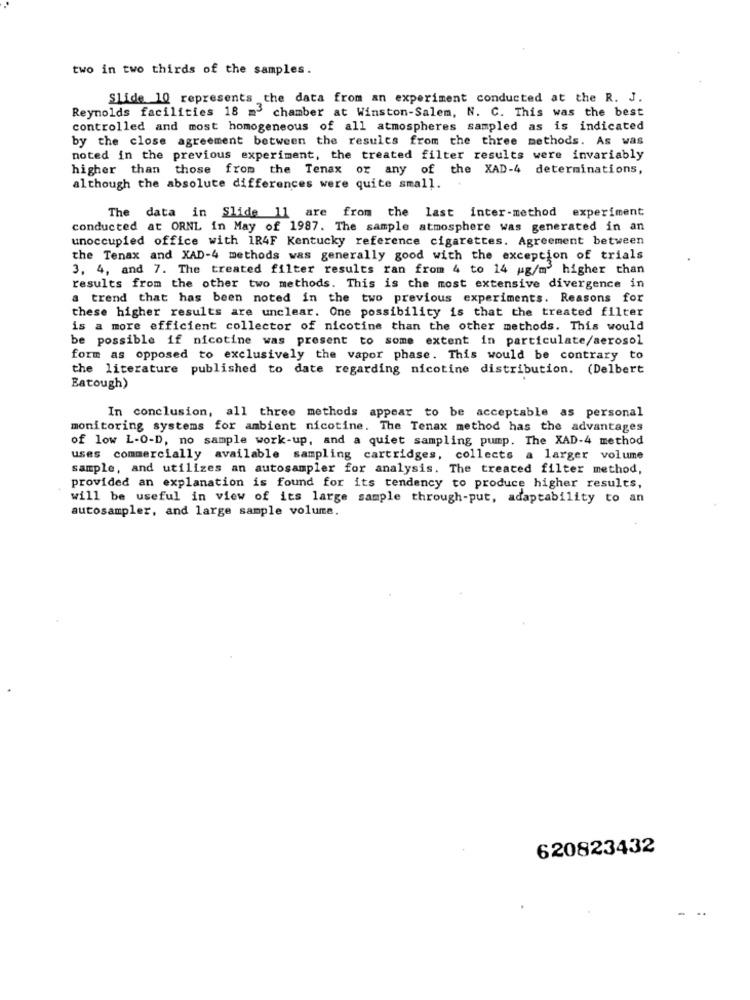
two in two thirds of the samples.
Slide 10 represents the data from an experiment conducted at the R. J.
Reynolds facilities 18 m3 chamber at Winston-Salem, N. C. This was the best
controlled and most homogeneous of all atmospheres sampled as is indicated
by the close agreement between the results from the three methods. As was
noted in the previous experiment, the treated filter results were invariably
higher than those from the Tenax or any of the XAD-4 determinations,
although the absolute differences were quite small.
The data in Slide 11 are from the last inter-method experiment
conducted at ORNL in May of 1987. The sample atmosphere was generated in an
unoccupied office with 1R4F Kentucky reference cigarettes. Agreement between
the Tenax and XAD-4 methods was generally good with the exception of trials
3, 4, and 7. The treated filter results ran from 4 to 14 ug/m higher than
results from the other two methods. This is the most extensive divergence in
a trend that has been noted in the two previous experiments. Reasons for
these higher results are unclear. One possibility is that the treated filter
is a more efficient collector of nicotine than the other methods. This would
be possible if nicotine was present to some extent in particulate/aerosol
form as opposed to exclusively the vapor phase. This would be contrary to
the literature published to date regarding nicotine distribution. (Delbert
Eatough)
In conclusion, all three methods appear to be acceptable as personal
monitoring systems for ambient nicotine. The Tenax method has the advantages
of low L-O-D, no sample work-up, and a quiet sampling pump. The XAD-4 method
uses commercially available sampling cartridges, collects a larger volume
sample, and utilizes an autosampler for analysis. The treated filter method,
provided an explanation is found for its tendency to produce higher results,
will be useful in view of its large sample through-put, adaptability to an
autosampler, and large sample volume.
620823432